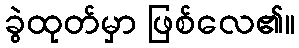
ခွဲထုတ်မှာ ဖြစ်လေ၏။